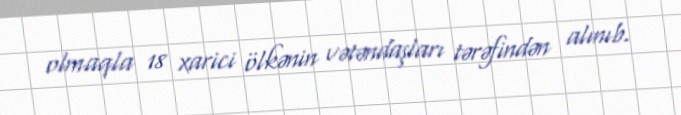
olmaqla 18 xarici ölkənin vətəndaşları tərəfindən alınıb.